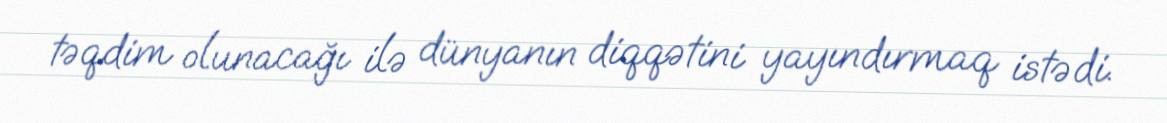
təqdim olunacağı ilə dünyanın diqqətini yayındırmaq istədi.